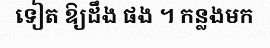
ទៀត ឱ្យដឹង ផង ។ កន្លងមក